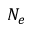
N _ { e }